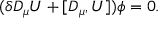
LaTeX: ( \delta D _ { \mu } U + [ D _ { \mu } , U ] ) \phi = 0 .